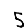
Digit: 5